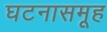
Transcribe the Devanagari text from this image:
घटनासमूह